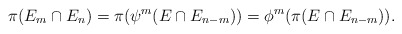
\begin{align*}\pi(E_m \cap E_n) = \pi(\psi^m(E \cap E_{n-m})) = \phi^m(\pi(E \cap E_{n-m})).\end{align*}